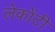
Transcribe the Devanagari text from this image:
लेकोंटी